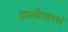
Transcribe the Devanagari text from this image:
ढालीसारखे